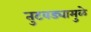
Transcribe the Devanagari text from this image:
तुटवड्यामुळे